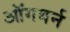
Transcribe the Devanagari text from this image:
ऑगबर्न